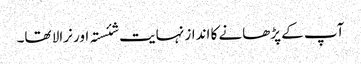
آپ کے پڑھانے کا انداز نہایت شئستہ اور نرالا تھا۔